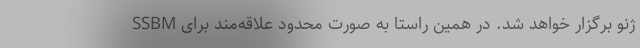
SSBM ژنو برگزار خواهد شد. در همین راستا به صورت محدود علاقه‌مند برای